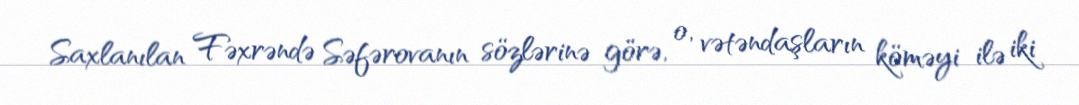
Saxlanılan Fəxrəndə Səfərovanın sözlərinə görə, o, vətəndaşların köməyi ilə iki